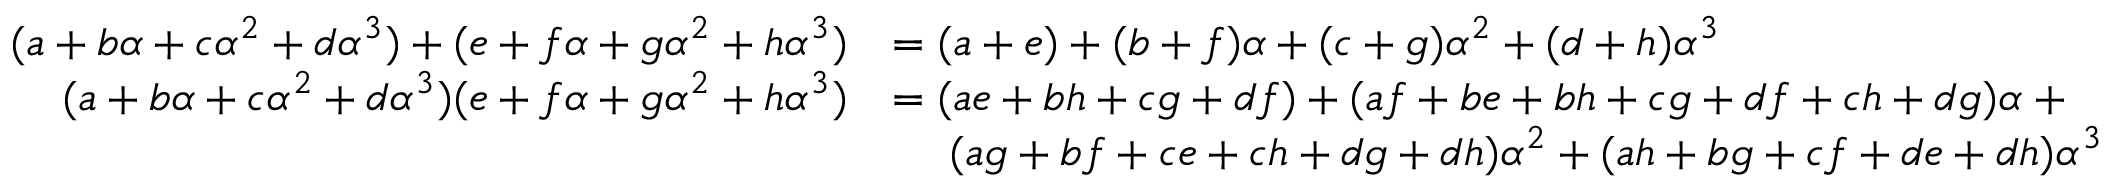
{ \begin{array} { r l } { ( a + b \alpha + c \alpha ^ { 2 } + d \alpha ^ { 3 } ) + ( e + f \alpha + g \alpha ^ { 2 } + h \alpha ^ { 3 } ) } & { = ( a + e ) + ( b + f ) \alpha + ( c + g ) \alpha ^ { 2 } + ( d + h ) \alpha ^ { 3 } } \\ { ( a + b \alpha + c \alpha ^ { 2 } + d \alpha ^ { 3 } ) ( e + f \alpha + g \alpha ^ { 2 } + h \alpha ^ { 3 } ) } & { = ( a e + b h + c g + d f ) + ( a f + b e + b h + c g + d f + c h + d g ) \alpha \; + } \\ & { \quad \; ( a g + b f + c e + c h + d g + d h ) \alpha ^ { 2 } + ( a h + b g + c f + d e + d h ) \alpha ^ { 3 } } \end{array} }